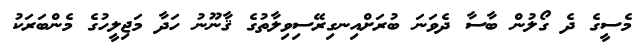
މެސީގެ ދެ ގޯލުން ބާސާ ދެވަނަ ބުރަށްއިނގިރޭސިވިލާތުގެ ޤާނޫނު ހަދާ މަޖިލީހުގެ މެންބަރަކު